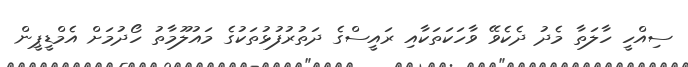
ސިއްހީ ހާލަތާ މެދު ދެކެވޭ ވާހަކަތަކާއި ރައީސްގެ ދަތުރުފުޅުތަކުގެ މައުލޫމާތު ހޯދުމަށް އެމްޑީޕީން